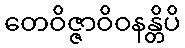
တေဝိဇ္ဇာဝိဝနန္တိပိ